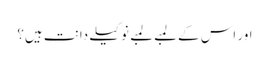
اور اس کے لمبے لمبے نوکیلے دانت ہیں؟